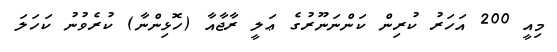
މިއީ 200 އަހަރު ކުރިން ކަންނަނޫރުގެ ޢަލީ ރާޖާއާ (ހޮޅިންނާ) ކުރެވުނު ކަހަލަ